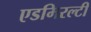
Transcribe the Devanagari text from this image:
एडमिरल्‍टी